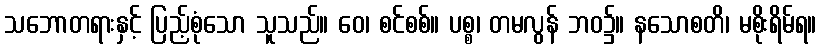
သဘောတရားနှင့် ပြည့်စုံသော သူသည်။ ဝေ၊ စင်စစ်။ ပစ္စ၊ တမလွန် ဘဝ၌။ နသောစတိ၊ မစိုးရိမ်ရ။